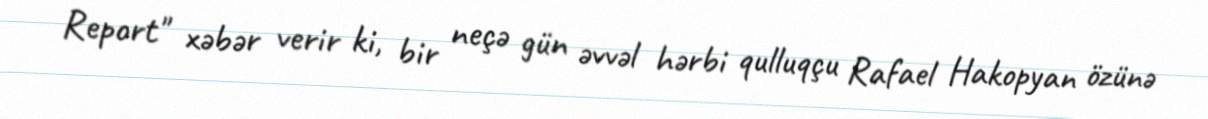
Report" xəbər verir ki, bir neçə gün əvvəl hərbi qulluqçu Rafael Hakopyan özünə